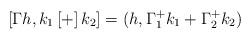
LaTeX: \begin{align*}\left[ \Gamma h,k_{1}\left[ + \right]k_{2} \right]=(h,\Gamma _{1}^{+}k_{1}+\Gamma_{2}^{+}k_{2})\end{align*}